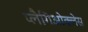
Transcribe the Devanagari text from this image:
प्लैगिओक्लेस